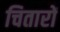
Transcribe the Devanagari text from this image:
चितारों